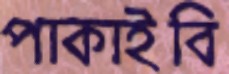
পাকাইবি